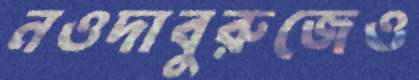
নওদাবুরুজেও